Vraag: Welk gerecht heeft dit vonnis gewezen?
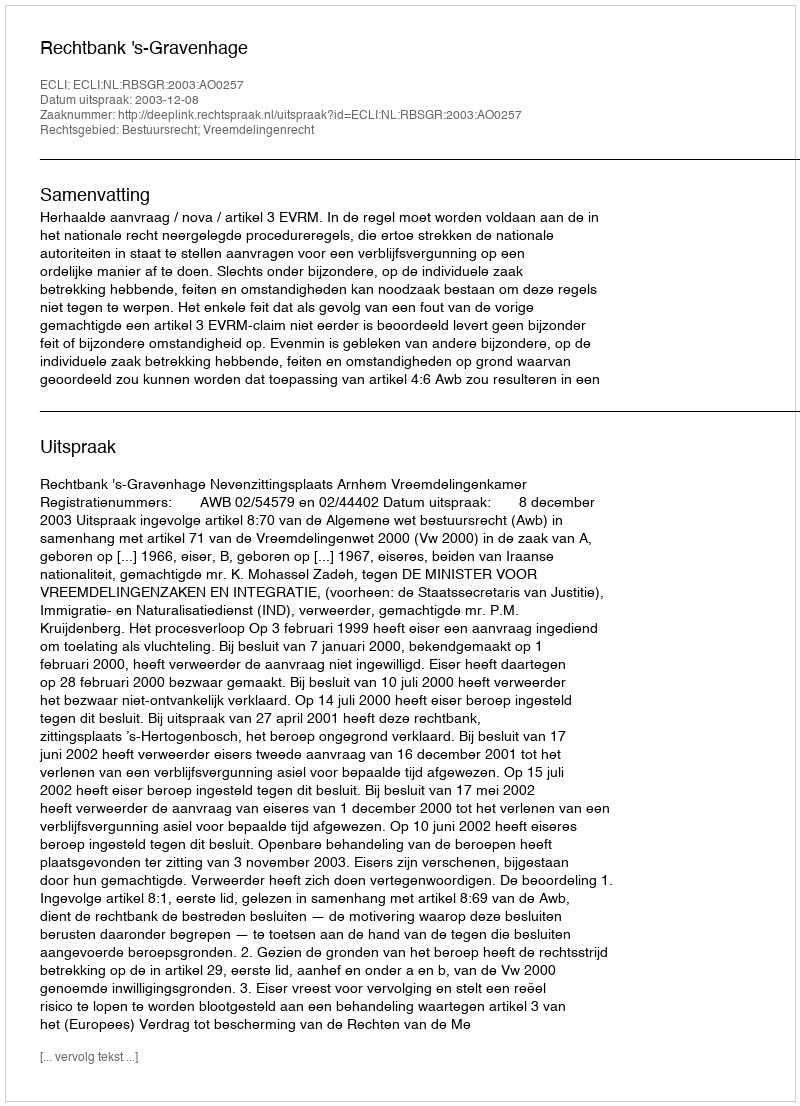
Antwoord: Rechtbank 's-Gravenhage